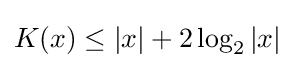
K(x)\leq |x|+2\log _{2}|x|